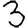
Digit: 3